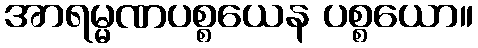
အာရမ္မဏပစ္စယေန ပစ္စယော။